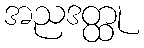
အညဒတ္ထု